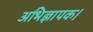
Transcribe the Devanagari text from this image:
अभिज्ञापक।